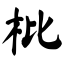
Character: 枇